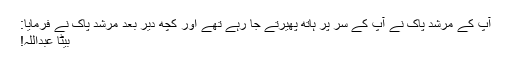
آپ کے مرشد پاک نے آپ کے سر پر ہاتھ پھیرتے جا رہے تھے اور کچھ دیر بعد مرشد پاک نے فرمایا:
بیٹا عبداللہ!